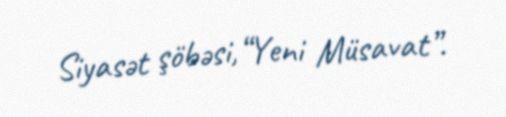
Siyasət şöbəsi,“Yeni Müsavat”.